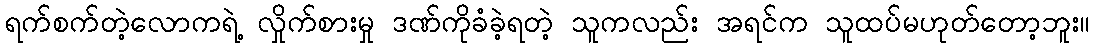
ရက်စက်တဲ့လောကရဲ့ လှိုက်စားမှု ဒဏ်ကိုခံခဲ့ရတဲ့ သူကလည်း အရင်က သူထပ်မဟုတ်တော့ဘူး။